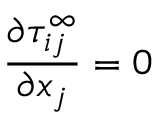
\frac { \partial \tau _ { i j } ^ { \infty } } { \partial x _ { j } } = 0